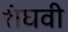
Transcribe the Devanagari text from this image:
शंघवी